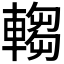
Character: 𬧺